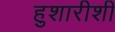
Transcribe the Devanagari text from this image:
हुशारीशी